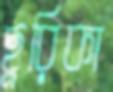
ছুরিকা